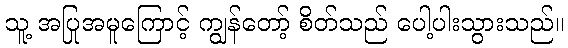
သူ့ အပြုအမူကြောင့် ကျွန်တော့် စိတ်သည် ပေါ့ပါးသွားသည်။